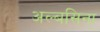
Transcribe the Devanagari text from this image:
अल्बसिना